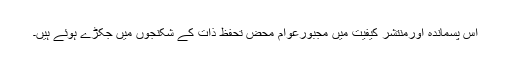
اس پسماندہ اورمنتشر کیفیت میں مجبورعوام محض تحفظِ ذات کے شکنجوں میں جکڑے ہوئے ہیں۔